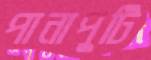
পানাপুটি